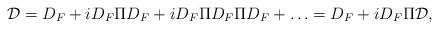
LaTeX: \begin{align*}{\cal D}= D_F+iD_F\Pi D_F +iD_F\Pi D_F\Pi D_F +\ldots =D_F+iD_F\Pi{\cal D},\end{align*}